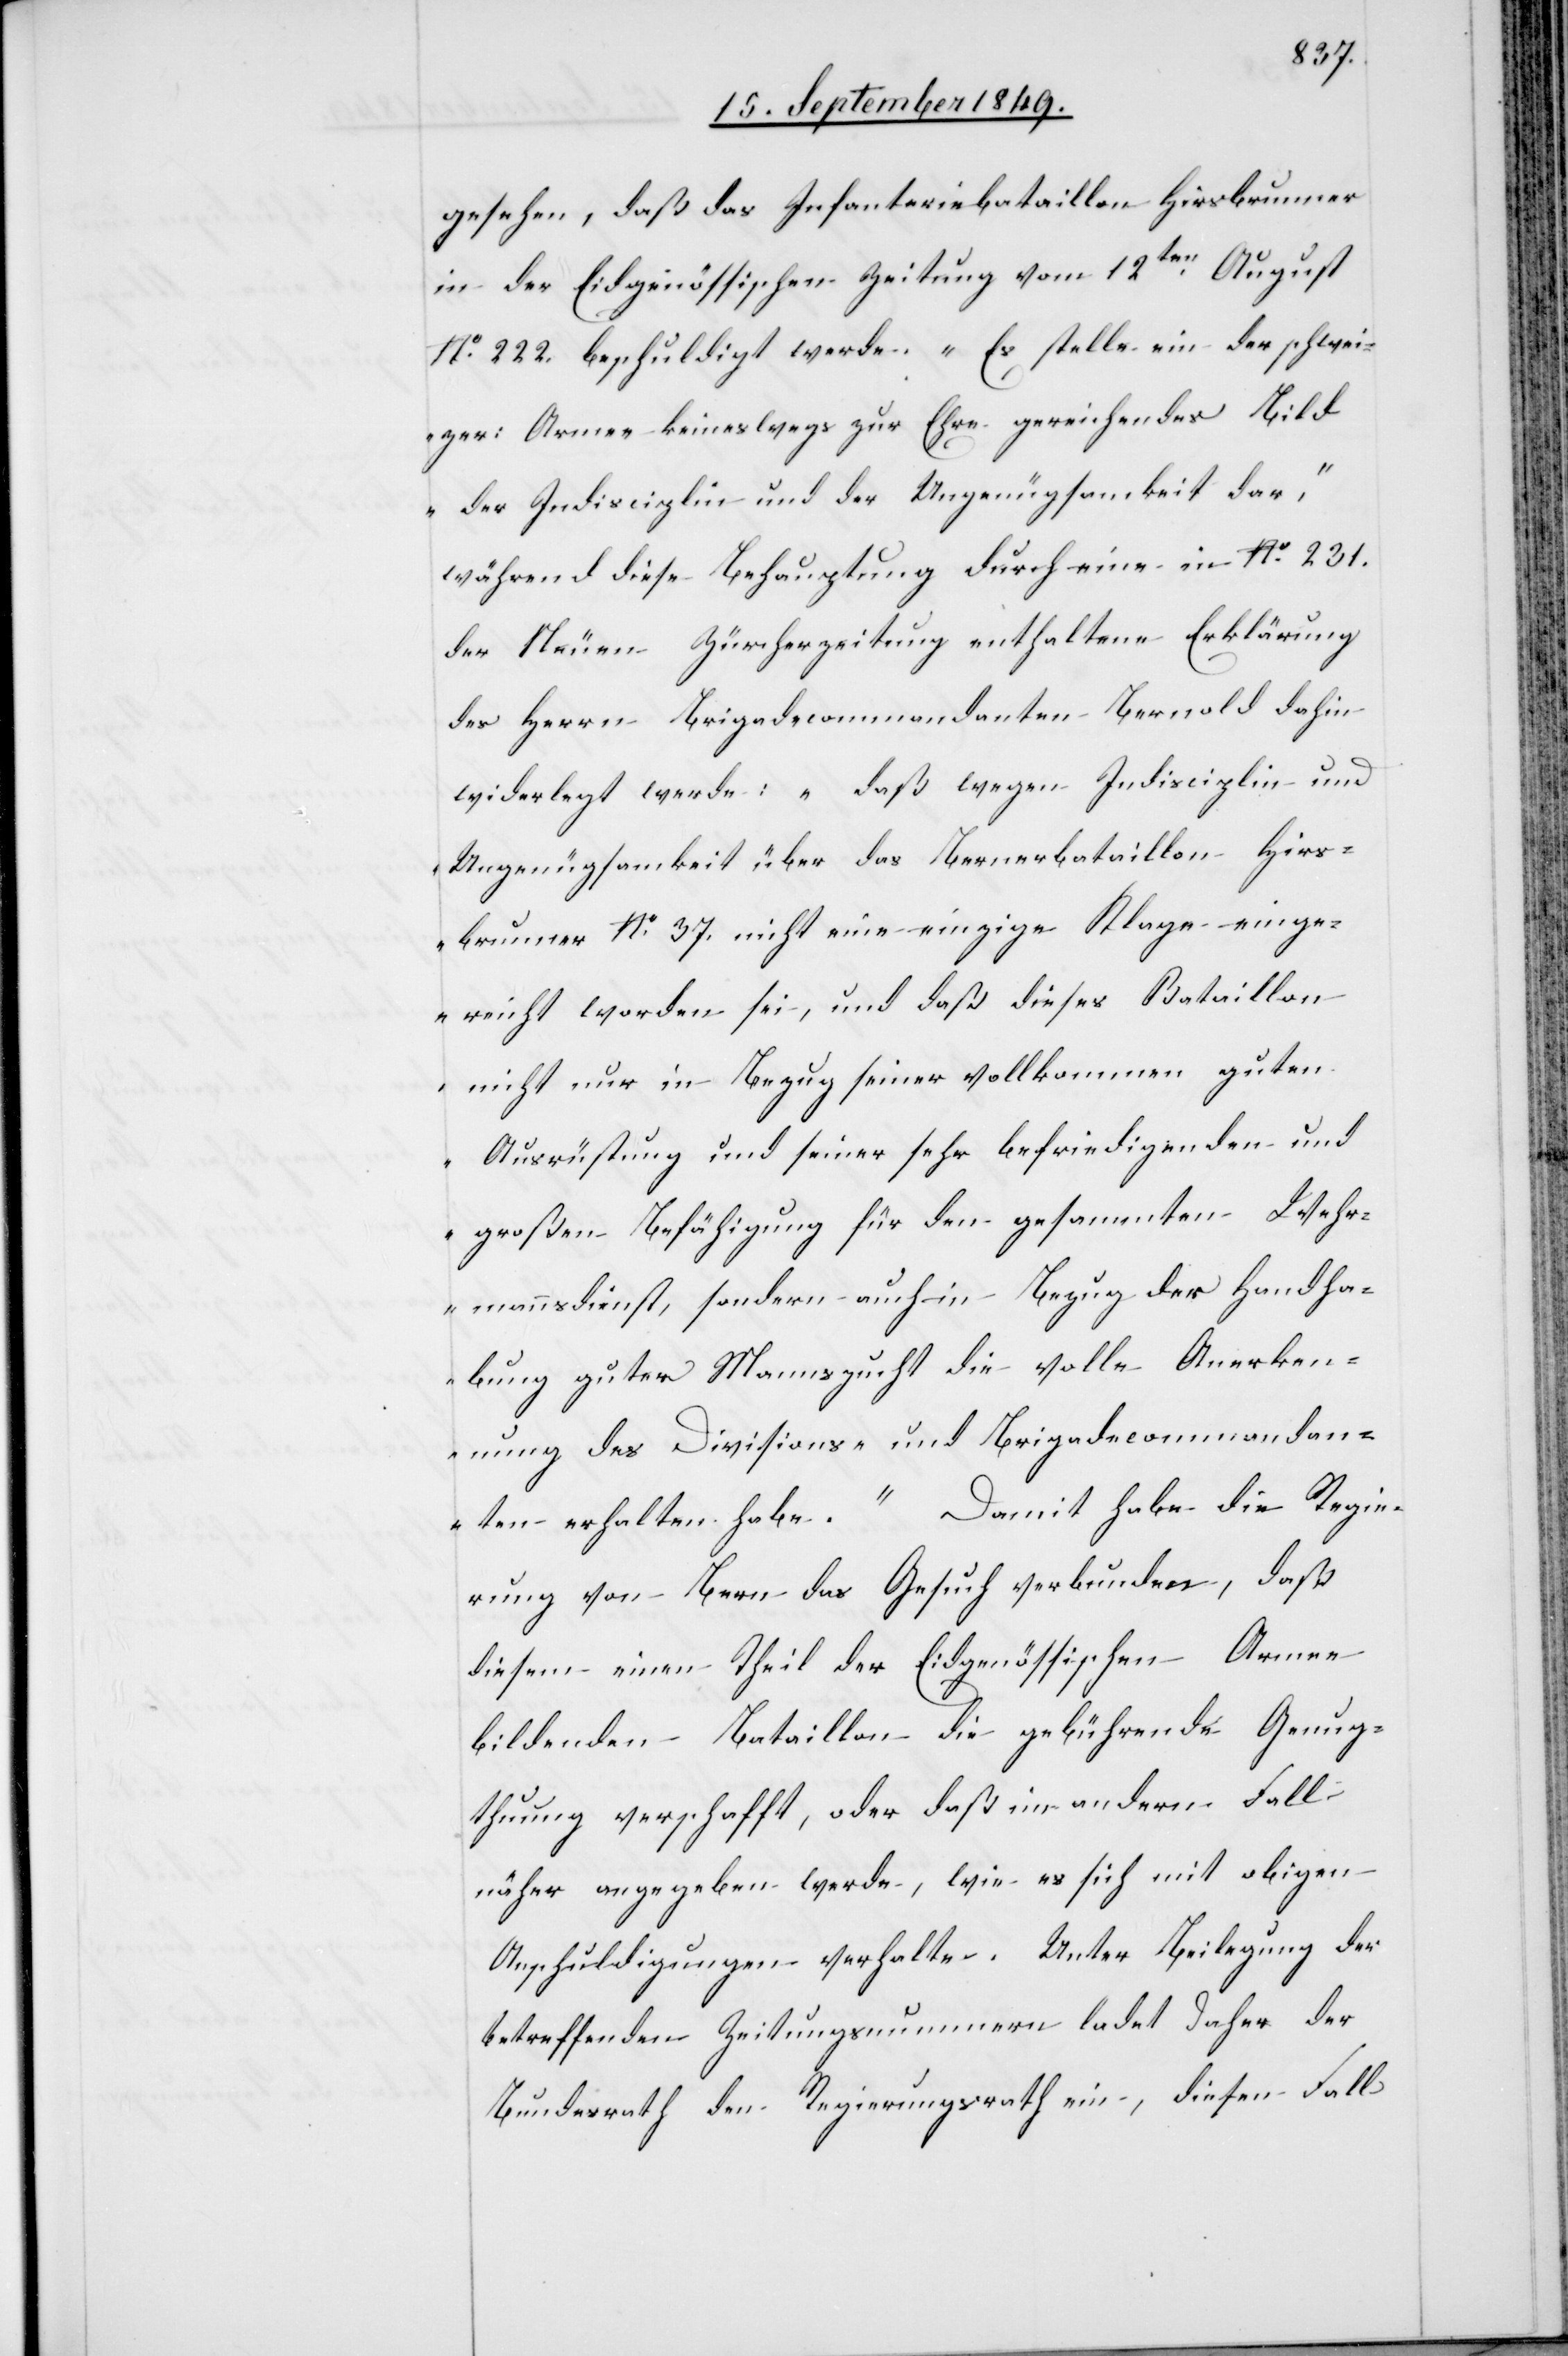
gesehen, daß das Infanteriebataillon Hirsbrunner
in der Eidgenössischen Zeitung vom 12ten August
No 222. beschuldigt werde. „Es stelle ein der schwei¬
zer: Armee keineswegs zur Ehre gereichendes Bild
der Indisciplin und der Ungenügsamhkeit dar“,
während diese Behauptung durch eine in No 231.
der Neuen Zürcherzeitung enthaltene Erklärung
des Herrn Brigadecommandanten Bernold dahin
widerlegt werde: „daß wegen Indisciplin und
Ungenügsamkeit über das Bernerbataillon Hirs¬
brunner No 37. nicht eine einzige Klage einge¬
reicht worden sei, und daß dieses Bataillon
nicht nur in Bezug seiner vollkommen guten
Ausrüstung und seiner sehr befriedigenden und
großen Befähigung für den gesammten Wehr¬
mannsdienst, sondern auch in Bezug der Handha¬
bung guter Mannszucht die volle Anerken¬
nung des Divisions- und Brigadecommandan¬
ten erhalten habe“. Damit habe die Regie¬
rung von Bern das Gesuch verbunden, daß
diesem einen Theil der Eidgenössischen Armee
bildenden Bataillon die gebührende Genug¬
thung verschafft, oder daß im andern Fall
näher angegeben werde, wie es sich mit obigen
Anschuldigungen verhalte. Unter Beilegung der
betreffenden Zeitungsnummern ladet daher der
Bundesrath den Regierungsrath ein, diesen Fall